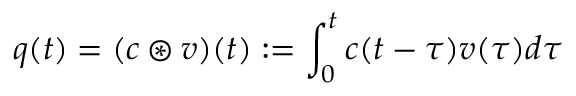
q ( t ) = ( c \circledast v ) ( t ) : = \int _ { 0 } ^ { t } c ( t - \tau ) v ( \tau ) d \tau